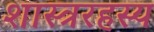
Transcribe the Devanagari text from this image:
शास्त्ररहस्य